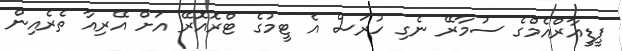
ޕީޑީއާރްއެމްގެ ސުމާރޭ ނެގި ހުރަސް އެ ޓީމުގެ ޓްރޮއޮރޭ އަށް އޭރިއާ ތެރެއިން